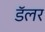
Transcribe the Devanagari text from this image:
डॅलर